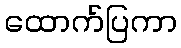
ထောက်ပြကာ